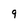
Character: 9